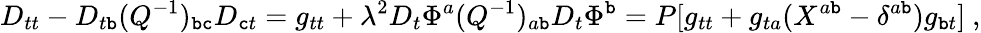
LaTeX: D_{tt}-D_{t\mathtt{b}}(Q^{-1})_{\mathtt{b}\mathtt{c}}D_{\mathtt{c}t}=g_{tt}+\lambda^{2}D_{t}\Phi^{a}(Q^{-1})_{a\mathtt{b}}D_{t}\Phi^{\mathtt{b}}=P[g_{tt}+g_{ta}(X^{a\mathtt{b}}-\delta^{a\mathtt{b}})g_{\mathtt{b}t}]\ ,